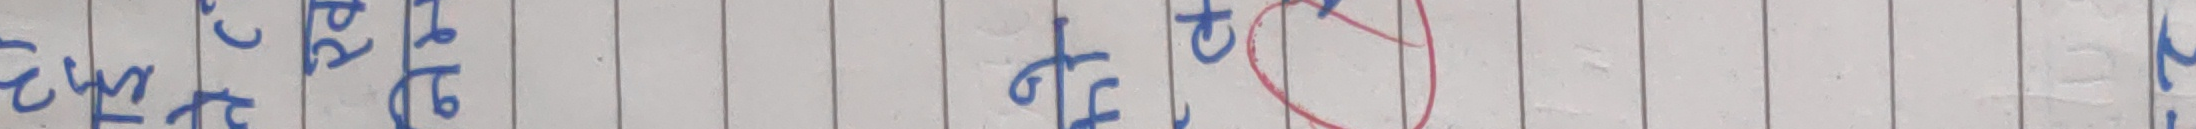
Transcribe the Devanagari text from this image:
ठिक छ।